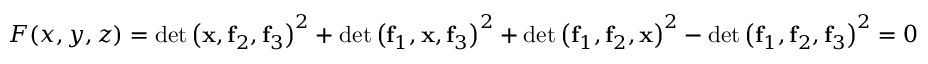
F ( x , y , z ) = \det \left( \mathbf { x } , \mathbf { f } _ { 2 } , \mathbf { f } _ { 3 } \right) ^ { 2 } + \det \left( \mathbf { f } _ { 1 } , \mathbf { x } , \mathbf { f } _ { 3 } \right) ^ { 2 } + \det \left( \mathbf { f } _ { 1 } , \mathbf { f } _ { 2 } , \mathbf { x } \right) ^ { 2 } - \det \left( \mathbf { f } _ { 1 } , \mathbf { f } _ { 2 } , \mathbf { f } _ { 3 } \right) ^ { 2 } = 0